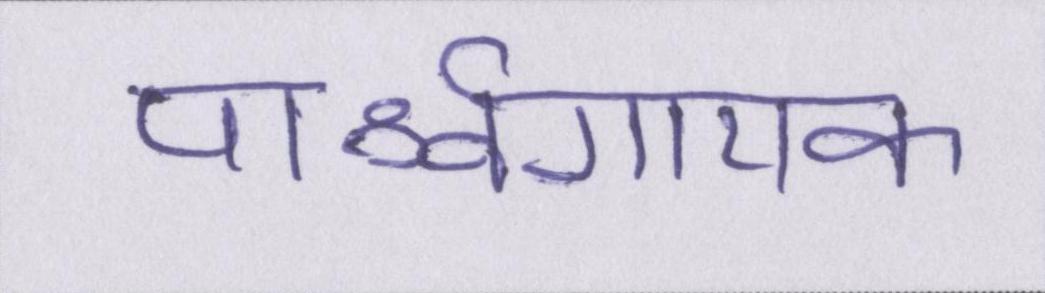
पार्श्वगायक